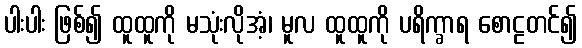
ပါးပါး ဖြစ်၍ ထူထူကို မသုံးလိုအံ့၊ မူလ ထူထူကို ပရိက္ခာရ စောဠတင်၍